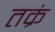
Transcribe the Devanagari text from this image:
तक्रं